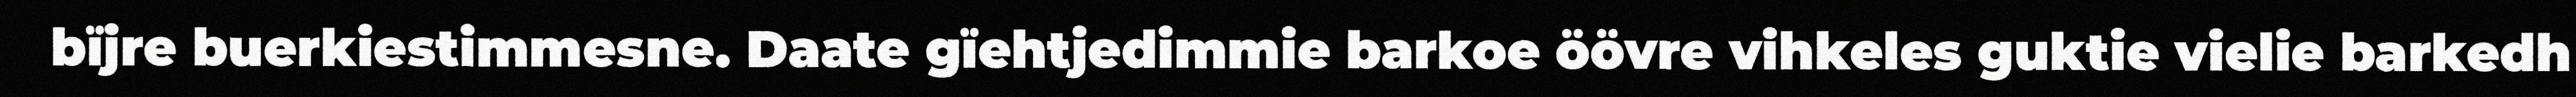
bïjre buerkiestimmesne. Daate gïehtjedimmie barkoe öövre vihkeles guktie vielie barkedh